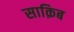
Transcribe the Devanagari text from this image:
साक़िब